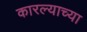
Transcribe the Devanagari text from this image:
कारल्याच्या